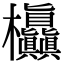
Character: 𭭃